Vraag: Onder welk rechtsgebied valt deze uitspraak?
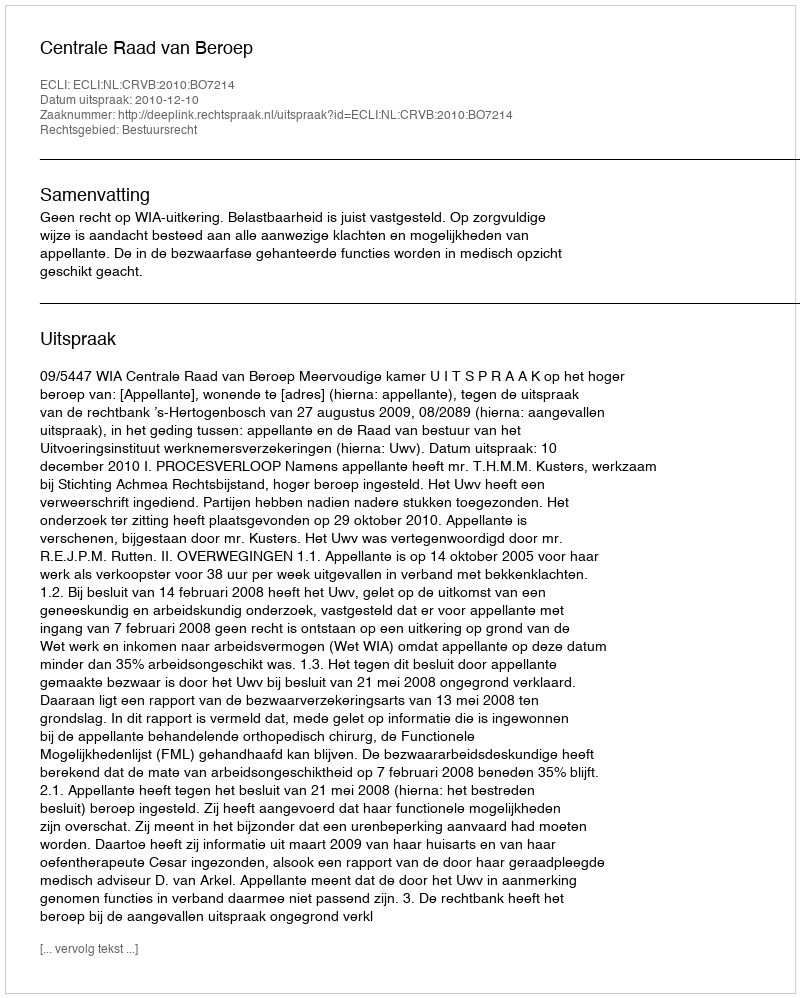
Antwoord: Bestuursrecht